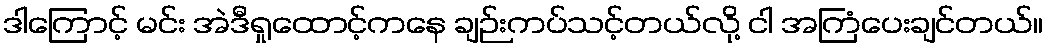
ဒါကြောင့် မင်း အဲဒီရှုထောင့်ကနေ ချဉ်းကပ်သင့်တယ်လို့ ငါ အကြံပေးချင်တယ်။